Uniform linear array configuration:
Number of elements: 32
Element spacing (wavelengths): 0.25
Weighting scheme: blackman
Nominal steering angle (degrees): -30
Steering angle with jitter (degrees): -31.952
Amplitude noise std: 0.05
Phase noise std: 0.05

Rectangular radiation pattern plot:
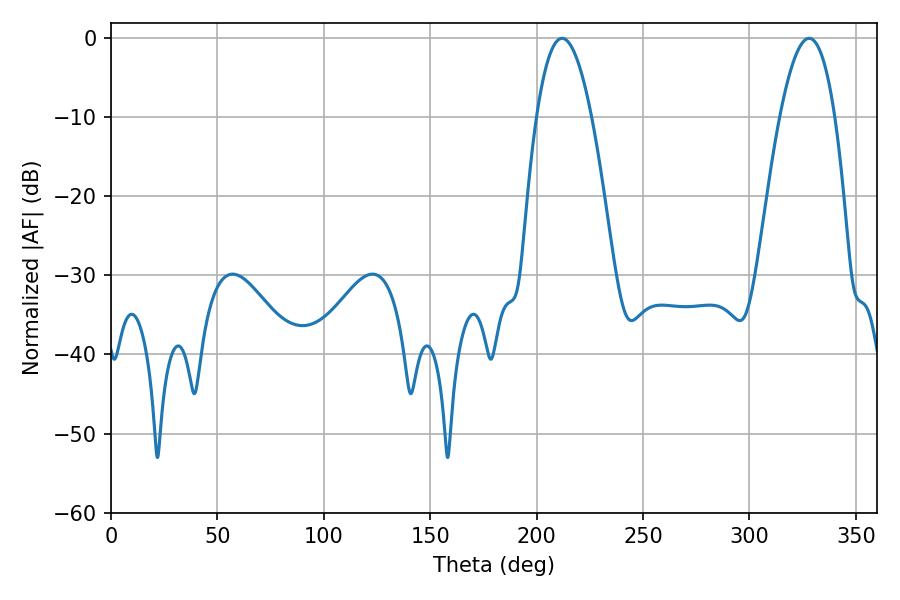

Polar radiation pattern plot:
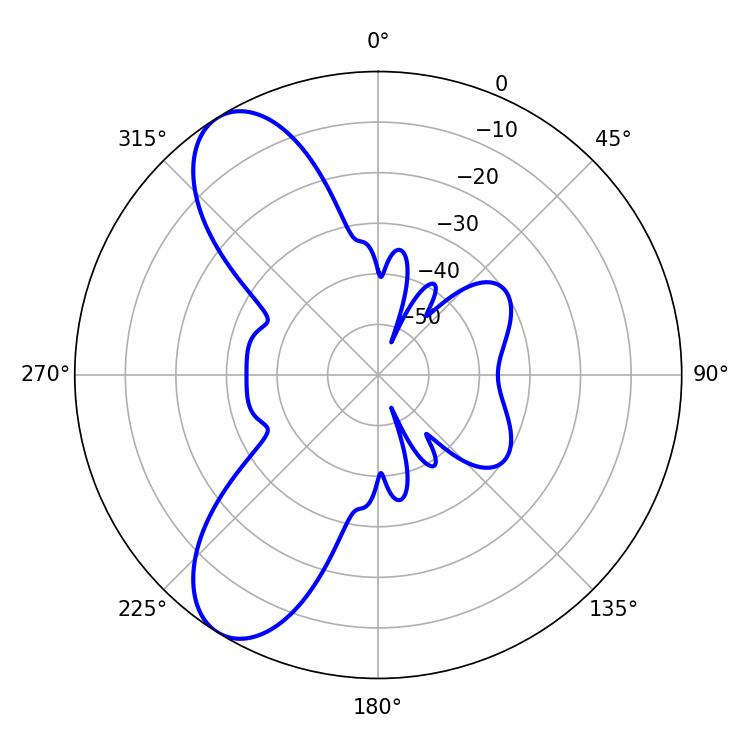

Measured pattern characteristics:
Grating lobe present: FALSE
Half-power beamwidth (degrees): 14.22
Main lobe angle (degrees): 212.04